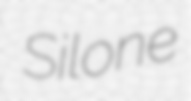
Silone